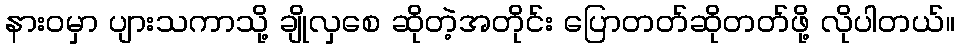
နားဝမှာ ပျားသကာသို့ ချိုလှစေ ဆိုတဲ့အတိုင်း ပြောတတ်ဆိုတတ်ဖို့ လိုပါတယ်။